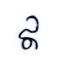
ឥ